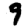
Digit: 9